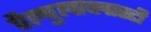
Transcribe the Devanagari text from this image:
वैल्वुलाप्लास्टी